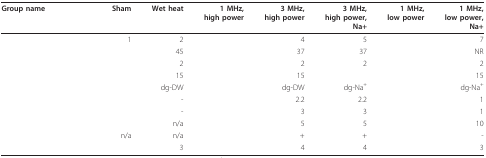
<table><thead><tr><td><b>Group name</b></td><td><b>Sham</b></td><td><b>Wet heat</b></td><td><b>1 MHz,high power</b></td><td><b>3 MHz,high power</b></td><td><b>3 MHz,high power, Na+</b></td><td><b>1 MHz,low power</b></td><td><b>1 MHz,low power, Na+</b></td></tr></thead><tbody><tr><td>[EMPTY_CELL]</td><td>1</td><td>2</td><td>[EMPTY_CELL]</td><td>4</td><td>5</td><td>[EMPTY_CELL]</td><td>7</td></tr><tr><td>[EMPTY_CELL]</td><td>[EMPTY_CELL]</td><td>45</td><td>[EMPTY_CELL]</td><td>37</td><td>37</td><td>[EMPTY_CELL]</td><td>NR</td></tr><tr><td>[EMPTY_CELL]</td><td>[EMPTY_CELL]</td><td>2</td><td>[EMPTY_CELL]</td><td>2</td><td>2</td><td>[EMPTY_CELL]</td><td>2</td></tr><tr><td>[EMPTY_CELL]</td><td>[EMPTY_CELL]</td><td>15</td><td>[EMPTY_CELL]</td><td>15</td><td>[EMPTY_CELL]</td><td>[EMPTY_CELL]</td><td>15</td></tr><tr><td>[EMPTY_CELL]</td><td>[EMPTY_CELL]</td><td>dg-DW</td><td>[EMPTY_CELL]</td><td>dg-DW</td><td>dg-Na<sup>+</sup></td><td>[EMPTY_CELL]</td><td>dg-Na<sup>+</sup></td></tr><tr><td>[EMPTY_CELL]</td><td>[EMPTY_CELL]</td><td>-</td><td>[EMPTY_CELL]</td><td>2.2</td><td>2.2</td><td>[EMPTY_CELL]</td><td>1</td></tr><tr><td>[EMPTY_CELL]</td><td>[EMPTY_CELL]</td><td>-</td><td>[EMPTY_CELL]</td><td>3</td><td>3</td><td>[EMPTY_CELL]</td><td>1</td></tr><tr><td>[EMPTY_CELL]</td><td>[EMPTY_CELL]</td><td>n/a</td><td>[EMPTY_CELL]</td><td>5</td><td>5</td><td>[EMPTY_CELL]</td><td>10</td></tr><tr><td>[EMPTY_CELL]</td><td>n/a</td><td>n/a</td><td>[EMPTY_CELL]</td><td>+</td><td>+</td><td>[EMPTY_CELL]</td><td>-</td></tr><tr><td>[EMPTY_CELL]</td><td>[EMPTY_CELL]</td><td>3</td><td>[EMPTY_CELL]</td><td>4</td><td>4</td><td>[EMPTY_CELL]</td><td>3</td></tr></tbody></table>